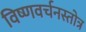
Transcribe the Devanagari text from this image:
विष्णवर्चनस्तोत्र